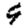
Digit: 9